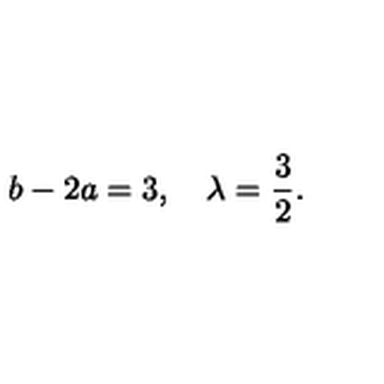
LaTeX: b - 2 a = 3 , \quad \lambda = \frac { 3 } { 2 } .